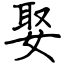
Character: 娶